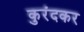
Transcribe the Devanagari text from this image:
कुरंदकर